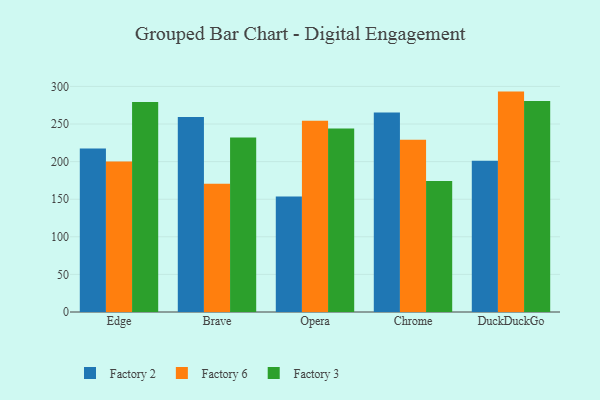
{"axis": {"x": "Browser", "y": "LTV (USD)"}, "legend": ["Factory 2", "Factory 3", "Factory 6"], "data": [{"x": "Edge", "y": 217.3, "type": "Factory 2"}, {"x": "Edge", "y": 200.0, "type": "Factory 6"}, {"x": "Edge", "y": 279.3, "type": "Factory 3"}, {"x": "Brave", "y": 259.4, "type": "Factory 2"}, {"x": "Brave", "y": 170.7, "type": "Factory 6"}, {"x": "Brave", "y": 232.1, "type": "Factory 3"}, {"x": "Opera", "y": 153.7, "type": "Factory 2"}, {"x": "Opera", "y": 254.3, "type": "Factory 6"}, {"x": "Opera", "y": 243.9, "type": "Factory 3"}, {"x": "Chrome", "y": 265.2, "type": "Factory 2"}, {"x": "Chrome", "y": 229.2, "type": "Factory 6"}, {"x": "Chrome", "y": 174.1, "type": "Factory 3"}, {"x": "DuckDuckGo", "y": 201.0, "type": "Factory 2"}, {"x": "DuckDuckGo", "y": 293.1, "type": "Factory 6"}, {"x": "DuckDuckGo", "y": 280.7, "type": "Factory 3"}]}